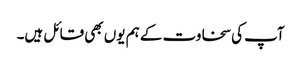
آپ کی سخاوت کے ہم یوں بھی قائل ہیں۔